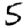
Digit: 5